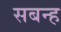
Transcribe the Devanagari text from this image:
सबन्ह